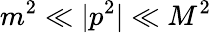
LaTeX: m^{2}\ll|p^{2}|\ll M^{2}